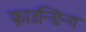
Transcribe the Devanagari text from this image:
फ़ाउन्डिन्ग